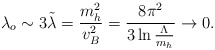
\begin{align*}\lambda_o\sim 3\tilde\lambda={{m^2_h}\over{v^2_B}}= {{8\pi^2}\over{3\ln {{\Lambda}\over{m_h}} }}\to 0.\end{align*}